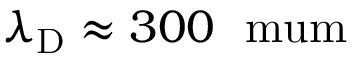
\lambda _ { \mathrm { D } } \approx 3 0 0 \ \mathrm { \ m u m }